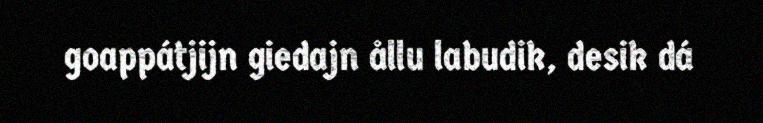
goappátjijn giedajn ållu labudik, desik dá